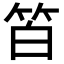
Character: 𥬝